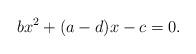
LaTeX: \begin{align*}bx^2+(a-d)x-c=0.\end{align*}